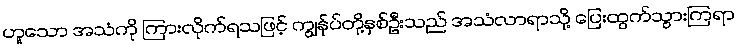
ဟူသော အသံကို ကြားလိုက်ရသဖြင့် ကျွန်ုပ်တို့နှစ်ဦးသည် အသံလာရာသို့ ပြေးထွက်သွားကြရာ